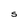
Character: 5